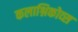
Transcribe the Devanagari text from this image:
कलाश्निकोव्स